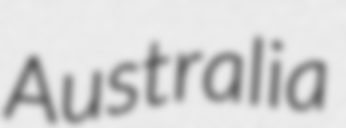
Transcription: Australia